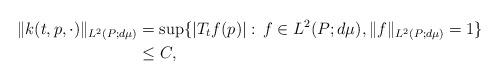
LaTeX: \begin{align*}\|k(t,p,\cdot)\|_{L^2(P;d\mu)} &=\sup\{|T_tf(p)|:\, f\in L^2(P;d\mu), \|f\|_{L^2(P;d\mu)} = 1\}\\&\leq C,\end{align*}